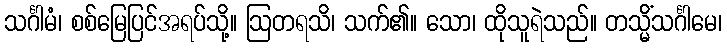
သင်္ဂါမံ၊ စစ်မြေပြင်အရပ်သို့။ ဩတရသိ၊ သက်၏။ သော၊ ထိုသူရဲသည်။ တသ္မိံသင်္ဂါမေ၊